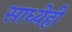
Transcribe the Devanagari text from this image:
साध्येही